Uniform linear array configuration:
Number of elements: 16
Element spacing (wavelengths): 0.75
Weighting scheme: uniform
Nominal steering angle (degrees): -30
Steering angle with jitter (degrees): -28.664
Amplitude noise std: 0.05
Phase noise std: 0.05

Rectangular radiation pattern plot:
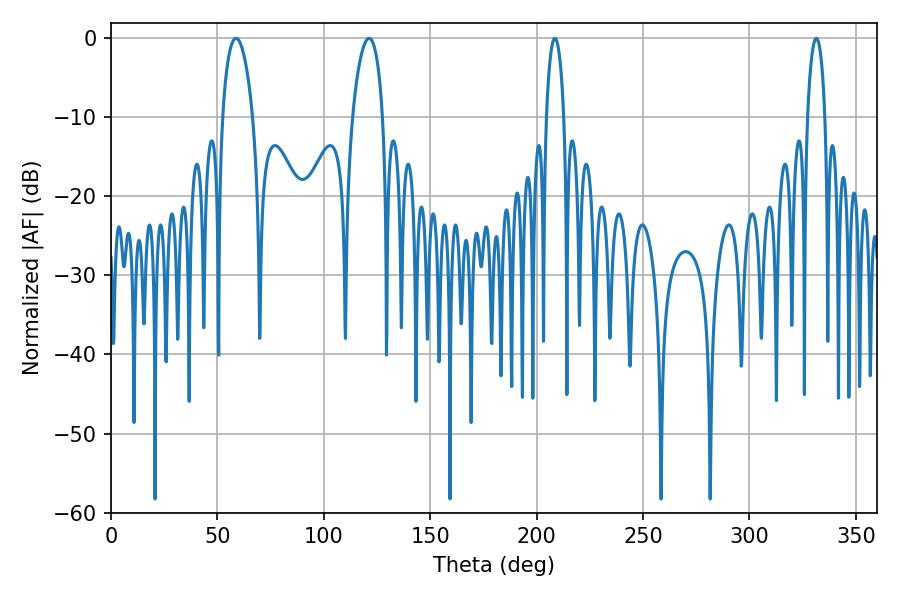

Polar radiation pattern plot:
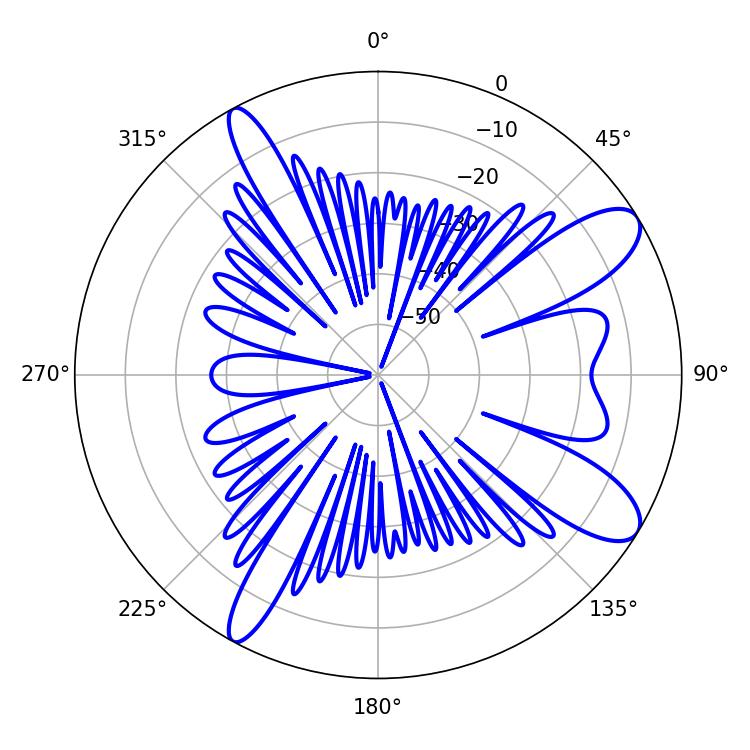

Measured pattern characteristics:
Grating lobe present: TRUE
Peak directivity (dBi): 10.294
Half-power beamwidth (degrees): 4.68
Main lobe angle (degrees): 208.62